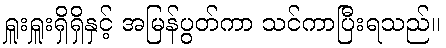
ရှူးရှူးရှိရှိနှင့် အမြန်ပွတ်ကာ သင်ကာပြီးရသည်။